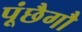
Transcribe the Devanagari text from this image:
पूंछैगौ